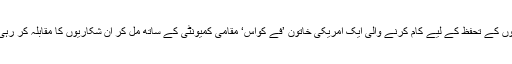
ہاتھیوں کے تحفظ کے لیے کام کرنے والی ایک امریکی خاتون ’فے کواس‘ مقامی کمیونٹی کے ساتھ مل کر ان شکاریوں کا مقابلہ کر رہی ہیں۔